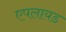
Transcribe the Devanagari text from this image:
एपलायड